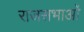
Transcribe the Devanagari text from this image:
राजसभाओं